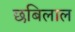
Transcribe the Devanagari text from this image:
छबिलाल